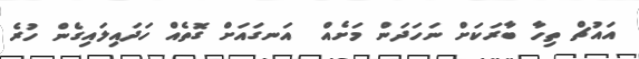
އައުޗް ތިހާ ބާރަކަށް ނަހަދަން މަށެއް  އަނގައަށް ގޮތެއް ހަދައިލައިގެން ހުރެ